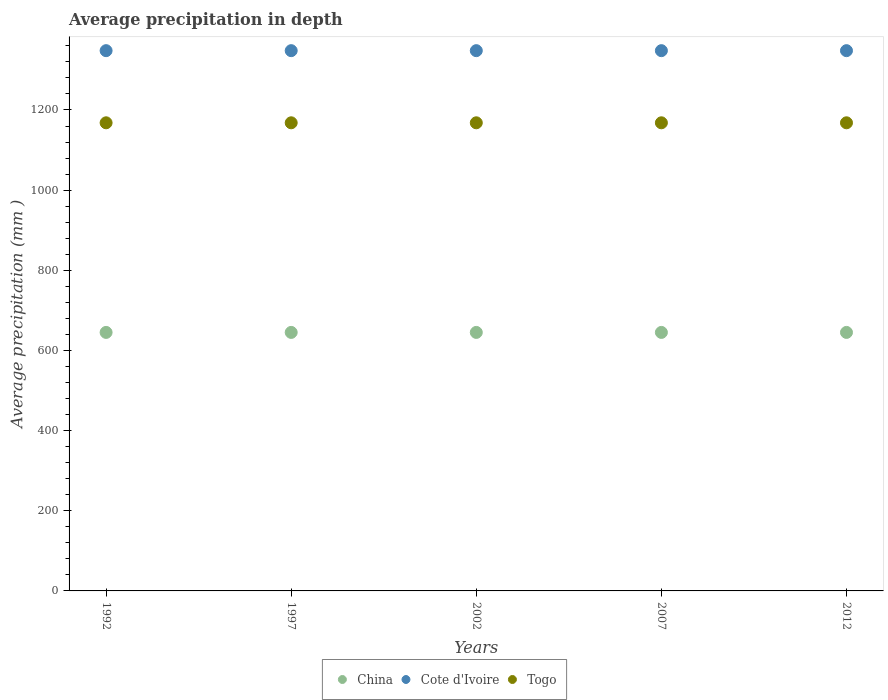
| Years | China | Cote d'Ivoire | Togo |
 | --- | --- | --- | --- |
 | 1992 | 645 | 1.35e+03 | 1.17e+03 |
 | 1997 | 645 | 1.35e+03 | 1.17e+03 |
 | 2002 | 645 | 1.35e+03 | 1.17e+03 |
 | 2007 | 645 | 1.35e+03 | 1.17e+03 |
 | 2012 | 645 | 1.35e+03 | 1.17e+03 |